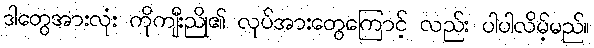
ဒါတွေအားလုံး ကိုကျီးညို၏ လုပ်အားတွေကြောင့် လည်း ပါပါလိမ့်မည်။